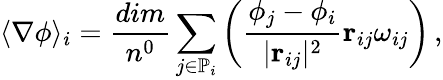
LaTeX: \langle\nabla\phi\rangle_{i}=\frac{dim}{n^{0}}\sum_{j\in\mathbb{P}_{i}}\left(\frac{\phi_{j}-\phi_{i}}{\vert\mathbf{r}_{ij}\vert^{2}}\mathbf{r}_{ij}\omega_{ij}\right)\, ,